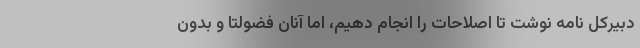
دبیرکل نامه نوشت تا اصلاحات را انجام دهیم، اما آنان فضولتاً و بدون